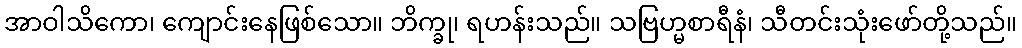
အာဝါသိကော၊ ကျောင်းနေဖြစ်သော။ ဘိက္ခု၊ ရဟန်းသည်။ သဗြဟ္မစာရီနံ၊ သီတင်းသုံးဖော်တို့သည်။